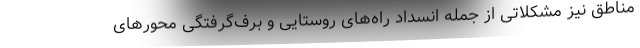
مناطق نیز مشکلاتی از جمله انسداد راه‌های روستایی و برف‌گرفتگی محورهای